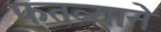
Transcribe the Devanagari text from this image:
फतव्याने